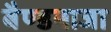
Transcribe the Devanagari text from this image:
बैण्डबाजा